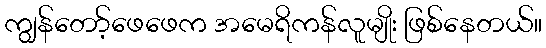
ကျွန်တော့်ဖေဖေက အမေရိကန်လူမျိုး ဖြစ်နေတယ်။